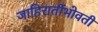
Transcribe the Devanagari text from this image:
जाहिरातींभोवती